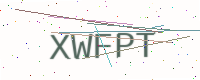
Text: XWFPT